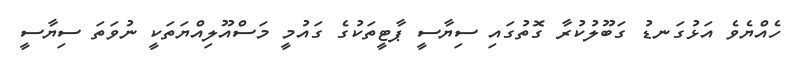
ހެއްޔެވެ އަޅުގަނޑު ގަބޫލުކުރާ ގޮތުގައި ސިޔާސީ ޕާޓީތަކުގެ ގައުމީ މަސްއޫލިއްޔަތަކީ ނުވަތަ ސިޔާސީ